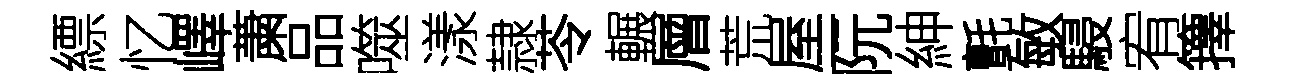
縹忆嶧䔥品噬漾隷苓輾層荒屋一阮紳氈敏駸宥籜